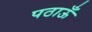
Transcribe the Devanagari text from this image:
पठाऊँ